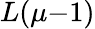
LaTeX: L(\mu{-}1)